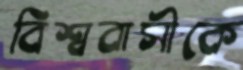
বিশ্ববাসীকে